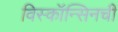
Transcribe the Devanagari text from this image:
विस्कॉन्सिनची